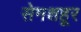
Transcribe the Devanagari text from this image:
सेमशहूर